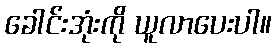
ခေါင်းအုံးကို ယူလာပေးပါ။